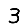
Digit: 3